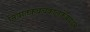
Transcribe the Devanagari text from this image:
निवातकवचकालकेयवधम्